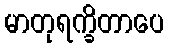
မာတုရက္ခိတာပေ